Vaccine operations Central Provinces & Berar 1912-1920 - 1912-1920
Year: 1912
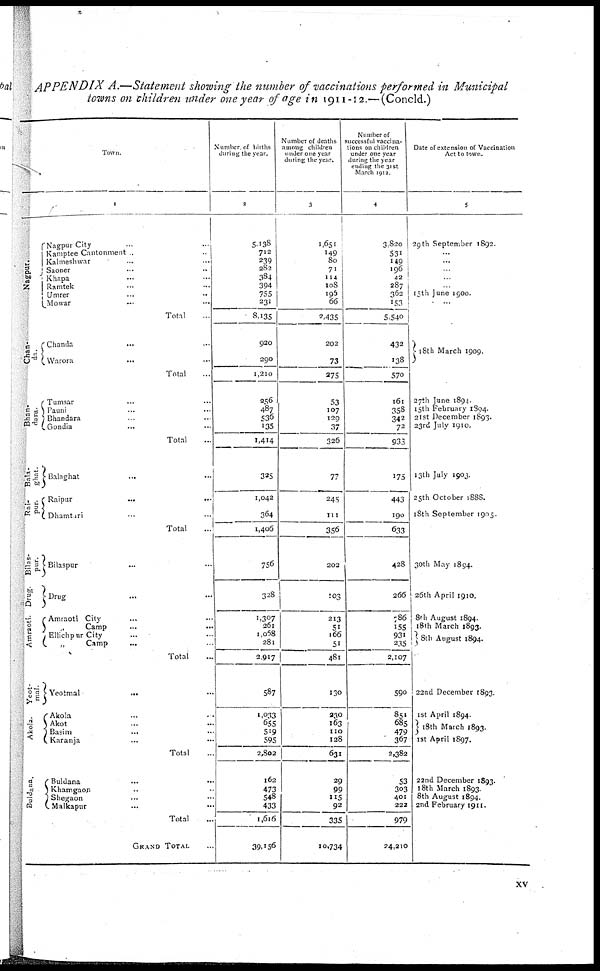
APPENDIX A.—Statement showing the number of vaccinations performed in Municipal
towns on children under one year of age in 1911 -12.— (Concld.)
Town.
1
Nagpur.
Chan¬
da.
Bhan¬
dara.
Ba1a¬
ghat.
Rai¬
pur.
Bilas¬
pur.
Drug.
Amraoti.
Yeot¬
mal.
Akola.
Buldana.
Nagpur City
...
...
Kamptee Cantonment .. ...
Kalmeshwar ... ...
Saoner ... ...
Khapa ... ...
Ramtek ... ...
Umrer ... ...
Mowar ... ...
Total ...
Chanda ... ...
Warora ... ...
Total ...
Tumsar ... ...
Pauni ... ...
Bhandara ... ...
Gondia ... ...
Total ...
Balaghat ... ...
Raipur ... ...
Dhamtari ... ...
Total ...
Bilaspur ... ...
Drug ... ...
Amraoti City ... ...
Camp ... ...
Ellichpur City ... ...
„ Camp ... ...
Total ...
Yeotmal
... ...
Akola ... ...
Akot ... ...
Basim ... ...
Karanja ... ...
Total ...
Buldana ... ...
Khamgaon ... ...
Shegaon ... ...
Malkapur ... ...
Total ...
GRAND TOTAL ...
Number of births
during the year.
2
5,138
712
239
282
384
394
755
231
8,135
920
290
1,210
256
487
536
135
1,414
325
1,042
364
1,406
756
328
1,307
261
1,058
281
2,917
587
1,033
655
519
595
2,802
162
473
548
433
1,616
39,156
Number of deaths
among children
under one year
during the year.
3
1,651
149
80
71
114
108
195
66
2,435
202
73
275
53
107
129
37
326
77
245
111
356
202
103
213
51
166
51
481
130
230
163
110
128
631
29
99
115
92
335
10,734
Number of
successful vaccina-
tions on children
under one year
during the year
ending the 31st
March 1912.
4
3,820
531
149
196
42
287
362
153
5,540
432
138
570
161
358
342
72
933
175
443
190
633
428
266
786
155
931
235
2,107
590
851
685
479
367
2,382
53
303
401
222
979
24,210
Date of extension of Vaccination
Act to town.
5
29th September 1892.
...
...
...
...
...
15th June 1900.
...
18th March 1909.
27th June 1894.
15th February 1894.
21st December 1893.
23rd July 1910.
13th July 1903.
25th October 1888.
18th September 1905.
30th May 1894.
26th April 1910.
8th August 1894.
18th March 1893.
8th August 1894.
22nd December 1893
1st April 1894.
18th March 1893.
1st April 1897.
22nd December 1893.
18th March 1893.
8th August 1894.
2nd February 1911.
xv